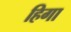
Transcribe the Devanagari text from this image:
हिगा